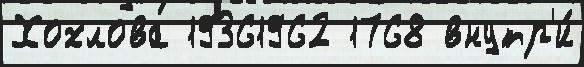
Хохлова 19361962 1768 внутр'и́